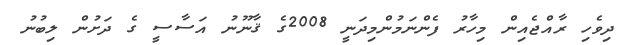
ދިވެހި ރާއްޖެއިން މިހާރު ފެންނަމުންމިދަނީ 2008ގެ ޤާނޫނު އަސާސީ ގެ ދަށުން ލިބުނު